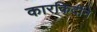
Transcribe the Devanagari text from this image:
कारकिर्दीने